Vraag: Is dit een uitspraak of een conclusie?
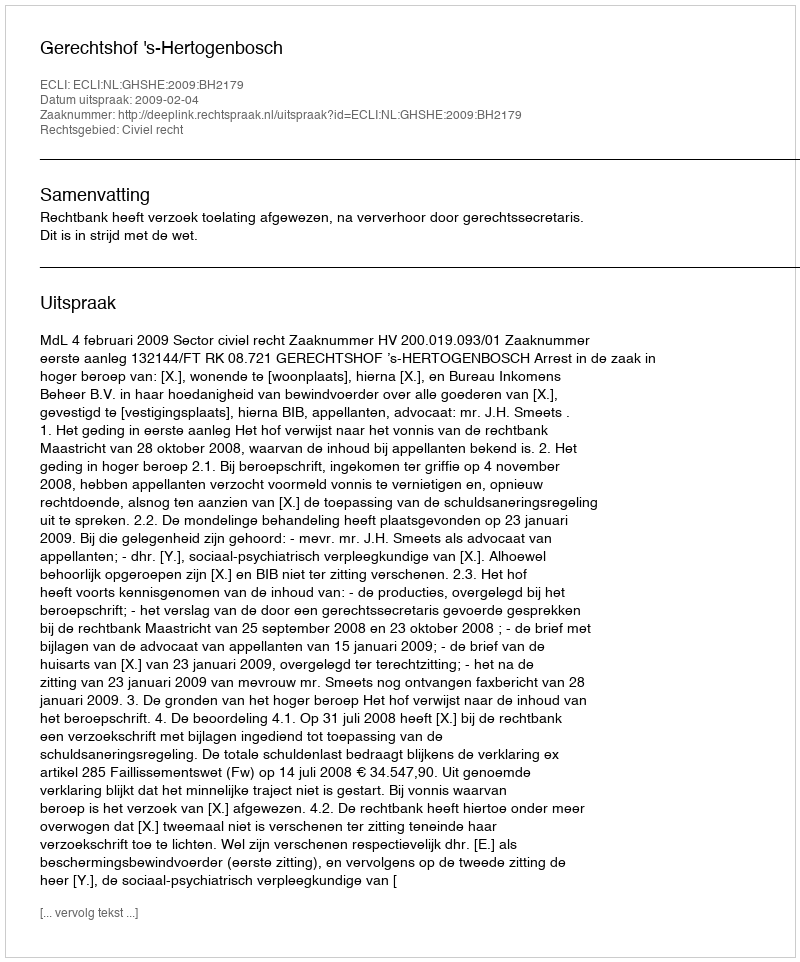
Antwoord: Uitspraak